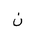
Letter: _non